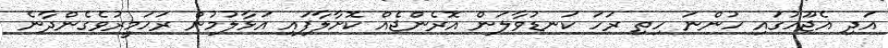
އަދި އެޖޫހުގައި ހުންނަ ހިތި ރަހަ ކަނޑުވާލަން އޮރެންޖެއް ކޮށާލާފައި އަޅާލުމުން ރަހަމީރުވެގެންދާނެ